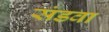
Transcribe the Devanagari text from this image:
संडवा